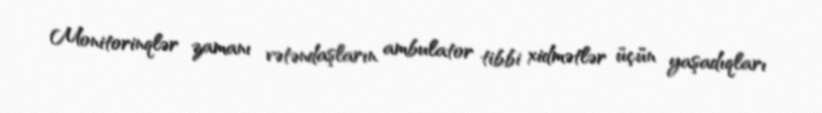
Monitorinqlər zamanı vətəndaşların ambulator tibbi xidmətlər üçün yaşadıqları